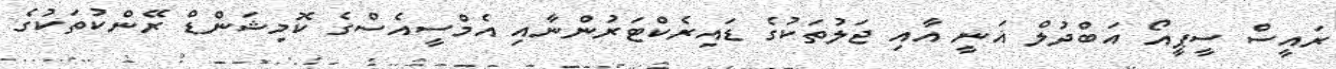
ރައީސް ސީޕީއޯ އަބްދުލް ޣަނީ އާއި ޖަލުތަކުގެ ޑައިރެކްޓަރުންނާއި އެމްސީއެސްގެ ކޮމިޝަންޑް ރޭންކުތަކުގެ